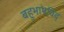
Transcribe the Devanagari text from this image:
बहुभाषविद्